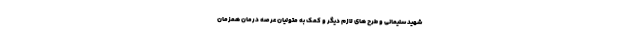
شهید سلیمانی و طرح های لازم دیگر و کمک به متولیان عرصه درمان همزمان